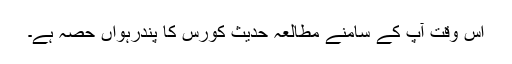
اس وقت آپ کے سامنے مطالعہ حدیث کورس کا پندرہواں حصہ ہے۔